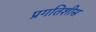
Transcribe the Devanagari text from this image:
प्रगतिशीस